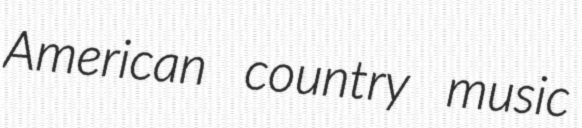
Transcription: American country music